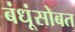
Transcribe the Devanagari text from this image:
बंधूंसोबत